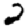
Digit: 2